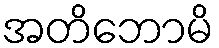
အတိဘောမိ